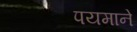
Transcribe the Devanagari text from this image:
पयमाने